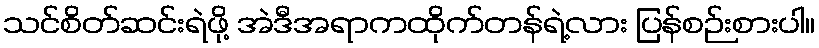
သင်စိတ်ဆင်းရဲဖို့ အဲဒီအရာကထိုက်တန်ရဲ့လား ပြန်စဉ်းစားပါ။